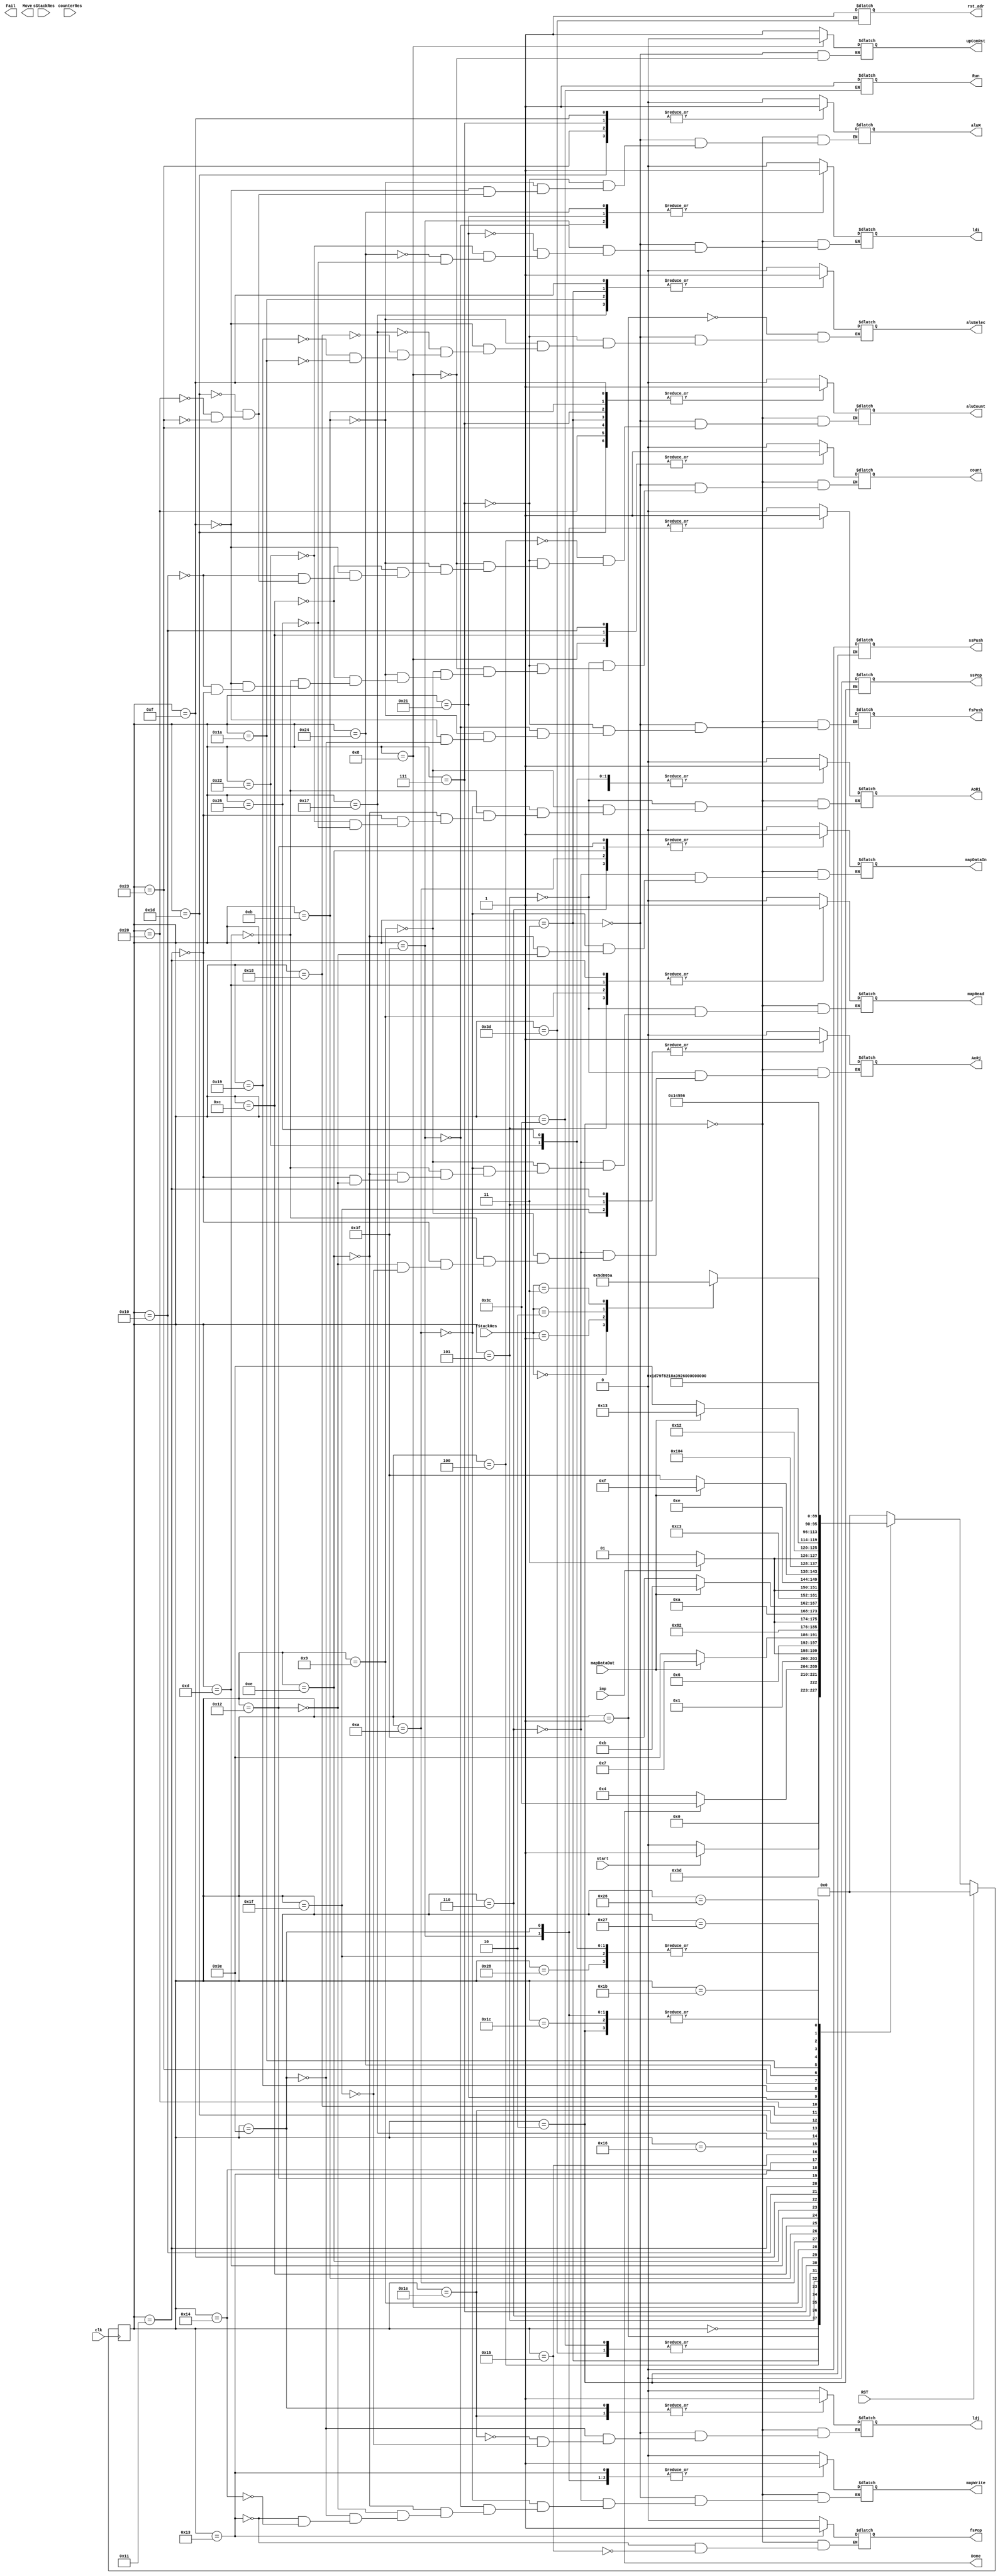
`define run 6'd60
`define show_path 6'd61
`define good_state1 6'd62
`define good_state2 6'd63

`define Idle       6'd0
`define Init       6'd1
`define Load       6'd2

`define check_UP  6'd3
`define wait_up  6'd4
`define wait0  6'd5
`define cUP_map    6'd6

`define check_RIGHT 6'd7
`define wait_right 6'd8
`define wait1 6'd9
`define cRI_map    6'd10

`define check_LEFT 6'd11
`define wait_left 6'd12
`define wait2 6'd13
`define cLE_map 6'd14

`define check_DOWN 6'd15
`define wait_down 6'd16
`define wait3 6'd17
`define cDO_map 6'd18

`define back_track 6'd19
`define back_track1 6'd20
`define back_track2 6'd21
`define back_track3 6'd22
`define bt1 6'd23
`define bt2 6'd24
`define bt3 6'd25
`define bt4 6'd26
`define btf1 6'd27
`define btf2 6'd28
`define bt11 6'd29
`define bt12 6'd30
`define bt13 6'd31
`define bt21 6'd32
`define bt22 6'd33
`define bt23 6'd34
`define bt31 6'd35
`define bt32 6'd36
`define bt33 6'd37
`define bt41 6'd38
`define bt42 6'd39
`define bt43 6'd40

module IR_controller(clk,RST,start,Run,Fail,Done,Move,ldi,ldj,mapDataIn,mapDataOut,mapWrite,mapRead,AoRi,AoRj,aluSelec,
					aluM,aluCount,count,fsPush,fsPop,ssPush,ssPop,imp,upConRst,counterRes,fStackRes,sStackRes,rst_adr);
	input clk,RST,start,imp,mapDataOut;
	input [1:0] counterRes,fStackRes,sStackRes;
	output Fail,Done,Run;
	output [1:0] Move;
	output upConRst,ldi,ldj,mapDataIn,mapWrite,mapRead,AoRi,AoRj,aluSelec,aluM,aluCount,count,fsPush,fsPop,ssPush,ssPop,rst_adr;
	reg Run,upConRst,ldi,ldj,mapDataIn,mapWrite,mapRead,AoRi,AoRj,aluSelec,aluM,aluCount,count,fsPush,fsPop,ssPush,ssPop,rst_adr;
    reg [5:0] ps, ns;

    always @(posedge clk) begin
        if (RST)
            ps <= 6'd0;
        else
            ps <= ns;
    end

    always @(ps or start ) begin
        case (ps)	
            `Idle:ns = start ? `Init : `Idle;
            `Init:ns=`Load;
			`Load:ns=`check_UP;

			
			`good_state1:ns=`check_UP;
			`good_state2:ns=`check_UP;
			`run:ns=`show_path;
			`show_path:ns=`show_path;

			`check_UP:ns=Done? `run : `wait_up;
			`wait_up:ns = imp ? `check_RIGHT : `wait0  ;
			`wait0:ns=`cUP_map;
			`cUP_map:ns= mapDataOut ? `check_RIGHT : `good_state1 ;

			`check_RIGHT:ns=`wait_right;
			`wait_right:ns = imp ? `check_LEFT : `wait1 ;
			`wait1:ns=`cRI_map;
			`cRI_map:ns= mapDataOut ? `check_LEFT : `good_state2 ;
			
			`check_LEFT:ns=`wait_left;
			`wait_left:ns = imp ? `check_DOWN : `wait2 ;
			`wait2:ns=`cLE_map;
			`cLE_map:ns= mapDataOut ? `check_DOWN : `good_state2 ;

			`check_DOWN:ns=`wait_down;
			`wait_down:ns = imp ? `back_track : `wait3 ;
			`wait3:ns=`cDO_map;
			`cDO_map:ns= mapDataOut ? `back_track : `good_state1 ;
			`back_track:ns= `back_track1;
			`back_track1:ns= `back_track2;
			`back_track2:ns= `back_track3;
			`back_track3:case(fStackRes)
								2'b00:ns=`bt1;
								2'b01:ns=`bt2;
								2'b10:ns=`bt3;
								2'b11:ns=`bt4;
								default: ns = `Idle;
								endcase
			`bt1:ns=`bt11;
			`bt11:ns=`bt12;
			`bt12:ns=`bt13;
			`bt13:ns=`btf1;

			`bt2:ns=`bt21;
			`bt21:ns=`bt22;
			`bt22:ns=`bt23;
			`bt23:ns=`btf1;

			`bt3:ns=`bt31;
			`bt31:ns=`bt32;
			`bt32:ns=`bt33;
			`bt33:ns=`btf1;
			
			`bt4:ns=`bt41;
			`bt41:ns=`bt42;
			`bt42:ns=`bt43;
			`bt43:ns=`btf1;

			`btf1:ns=`btf2;
			`btf2:ns=`check_UP;
            default: ns = `Idle;
        endcase
    end

    always @(ps) begin
        case (ps)
            `Idle:;
            `Init:aluSelec=0;
			`Load:{ldi,ldj,mapWrite,mapRead,AoRi,AoRj,mapDataIn,aluM,aluCount,count,fsPush,fsPop,ssPush,ssPop}=13'b0;
			`show_path:rst_adr=1;
			`run:Run=1;
			`check_UP:begin aluM=0;aluSelec=1;upConRst=1 ;fsPush=0;aluCount=1;ldi=0;ldj=0;mapWrite=0;count=0; end
			`wait_up:begin aluCount=0; end
			`wait0:begin mapRead=1;AoRi=0;AoRj=1;count=0; end
			`cUP_map:begin mapRead=0;AoRj=0;mapWrite=0;mapDataIn=1;end

			`check_RIGHT:begin aluM=1;aluSelec=0 ;aluCount=1;fsPush=0;count=0; end
			`wait_right: begin aluCount=0;count=1;upConRst=0 ;end
			`wait1:begin mapRead=1;AoRi=1;AoRj=0;count=0; end
			`cRI_map:begin mapRead=0;AoRi=0;mapWrite=0;mapDataIn=1; end
			`good_state2:begin ldi=1;mapWrite=1;fsPush=1;end

			`check_LEFT:begin aluM=0;aluSelec=0 ;aluCount=1;fsPush=0;count=0; end
			`wait_left: begin aluCount=0;count=1;end
			`wait2:begin mapRead=1;AoRi=1;AoRj=0;count=0; end
			`cLE_map:begin mapRead=0;AoRi=0;mapWrite=0;mapDataIn=1; end

			`check_DOWN:begin aluM=1;aluSelec=1 ;aluCount=1;fsPush=0;count=0; end
			`wait_down: begin aluCount=0;count=1;end
			`wait3:begin mapRead=1;AoRi=0;AoRj=1;count=0; end
			`cDO_map:begin mapRead=0;AoRj=0;mapWrite=0;mapDataIn=1; end
			`good_state1:begin ldj=1;mapWrite=1;fsPush=1;end

			`back_track:begin fsPop=1;mapWrite=1;end
			`back_track1:begin mapWrite=0;end
			`back_track2:begin fsPop=0;end
			`bt1:begin aluSelec=1  ;end
			`bt11:begin aluM=1; aluCount=1; end
			`bt12:begin ldj=1; end
			`bt13:begin AoRj=1;ldj=0; end

			`bt2:begin aluSelec=0;end
			`bt21:begin aluM=0; aluCount=1; end
			`bt22:begin ldi=1; end
			`bt23:begin AoRi=1;ldi=0; end

			`bt3:begin aluSelec=0; end
			`bt31:begin aluM=1; aluCount=1; end
			`bt32:begin ldi=1; end
			`bt33:begin AoRi=1;ldi=0; end

			`bt4:begin aluSelec=1; end
			`bt31:begin aluM=0; aluCount=1; end
			`bt32:begin ldj=1; end
			`bt33:begin AoRj=1;ldj=0; end

			`btf2:begin  end
            default:;
        endcase
    end
endmodule